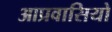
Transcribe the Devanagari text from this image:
आप्रवासियो